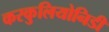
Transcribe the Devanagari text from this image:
करकुलियोनिडी